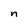
Character: n